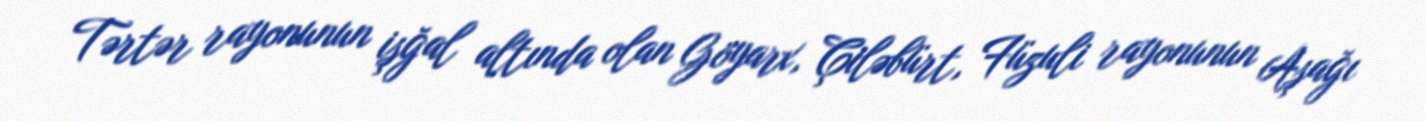
Tərtər rayonunun işğal altında olan Göyarx, Çiləbürt, Füzuli rayonunun Aşağı